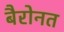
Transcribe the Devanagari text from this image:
बैरोनत